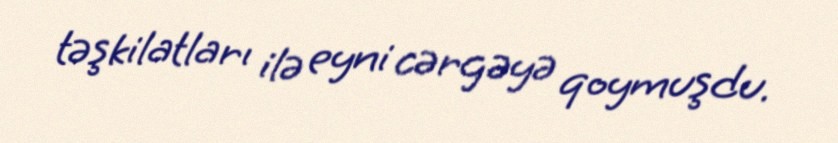
təşkilatları ilə eyni cərgəyə qoymuşdu.